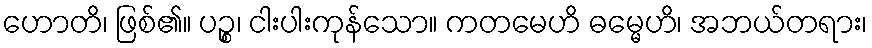
ဟောတိ၊ ဖြစ်၏။ ပဉ္စ၊ ငါးပါးကုန်သော။ ကတမေဟိ ဓမ္မေဟိ၊ အဘယ်တရား၊